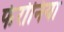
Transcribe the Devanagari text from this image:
फेरोनिया